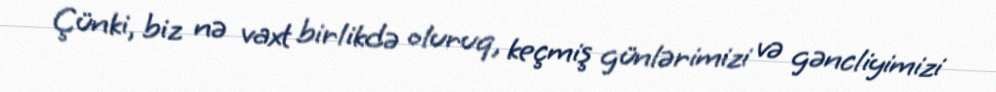
Çünki, biz nə vaxt birlikdə oluruq, keçmiş günlərimizi və gəncliyimizi